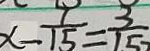
x - \frac { 1 } { 1 5 } = \frac { 3 } { 1 5 }